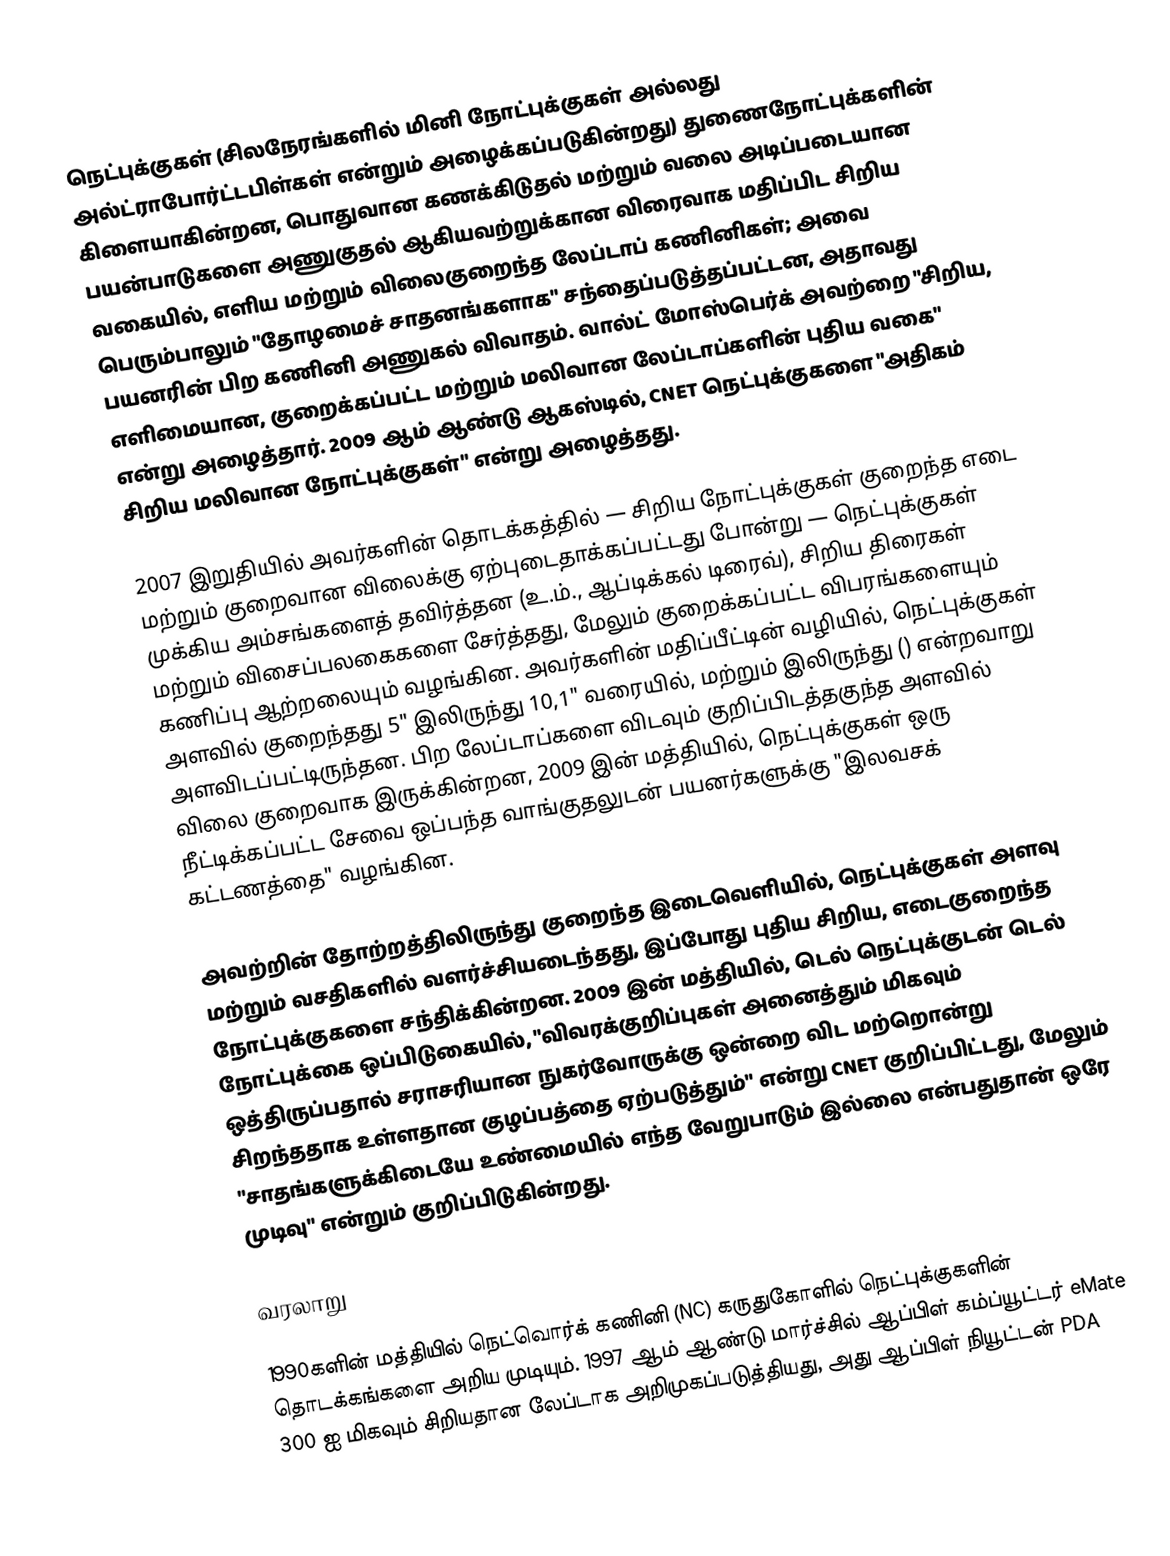
நெட்புக்குகள்  (சிலநேரங்களில் மினி நோட்புக்குகள்  அல்லது அல்ட்ராபோர்ட்டபிள்கள்  என்றும் அழைக்கப்படுகின்றது) துணைநோட்புக்களின் கிளையாகின்றன, பொதுவான கணக்கிடுதல் மற்றும் வலை அடிப்படையான பயன்பாடுகளை அணுகுதல் ஆகியவற்றுக்கான விரைவாக மதிப்பிட சிறிய வகையில், எளிய மற்றும் விலைகுறைந்த லேப்டாப் கணினிகள்; அவை பெரும்பாலும் "தோழமைச் சாதனங்களாக" சந்தைப்படுத்தப்பட்டன, அதாவது பயனரின் பிற கணினி அணுகல் விவாதம். வால்ட் மோஸ்பெர்க் அவற்றை "சிறிய, எளிமையான, குறைக்கப்பட்ட மற்றும் மலிவான லேப்டாப்களின் புதிய வகை" என்று அழைத்தார். 2009 ஆம் ஆண்டு ஆகஸ்டில், CNET நெட்புக்குகளை "அதிகம் சிறிய மலிவான நோட்புக்குகள்" என்று அழைத்தது.

2007 இறுதியில் அவர்களின் தொடக்கத்தில் — சிறிய நோட்புக்குகள் குறைந்த எடை மற்றும் குறைவான விலைக்கு ஏற்புடைதாக்கப்பட்டது போன்று — நெட்புக்குகள் முக்கிய அம்சங்களைத் தவிர்த்தன (உ.ம்., ஆப்டிக்கல் டிரைவ்), சிறிய திரைகள் மற்றும் விசைப்பலகைகளை சேர்த்தது, மேலும் குறைக்கப்பட்ட விபரங்களையும் கணிப்பு ஆற்றலையும் வழங்கின. அவர்களின் மதிப்பீட்டின் வழியில், நெட்புக்குகள் அளவில் குறைந்தது 5" இலிருந்து 10,1" வரையில், மற்றும்  இலிருந்து () என்றவாறு அளவிடப்பட்டிருந்தன. பிற லேப்டாப்களை விடவும் குறிப்பிடத்தகுந்த அளவில் விலை குறைவாக இருக்கின்றன, 2009 இன் மத்தியில், நெட்புக்குகள் ஒரு நீட்டிக்கப்பட்ட சேவை ஒப்பந்த வாங்குதலுடன் பயனர்களுக்கு "இலவசக் கட்டணத்தை" வழங்கின.

அவற்றின் தோற்றத்திலிருந்து குறைந்த இடைவெளியில், நெட்புக்குகள் அளவு மற்றும் வசதிகளில் வளர்ச்சியடைந்தது, இப்போது புதிய சிறிய, எடைகுறைந்த நோட்புக்குகளை சந்திக்கின்றன. 2009 இன் மத்தியில், டெல் நெட்புக்குடன் டெல் நோட்புக்கை ஒப்பிடுகையில், "விவரக்குறிப்புகள் அனைத்தும் மிகவும் ஒத்திருப்பதால் சராசரியான நுகர்வோருக்கு ஒன்றை விட மற்றொன்று சிறந்ததாக உள்ளதான குழப்பத்தை ஏற்படுத்தும்" என்று CNET குறிப்பிட்டது, மேலும் "சாதங்களுக்கிடையே உண்மையில் எந்த வேறுபாடும் இல்லை என்பதுதான் ஒரே முடிவு" என்றும் குறிப்பிடுகின்றது.

வரலாறு

1990களின் மத்தியில் நெட்வொர்க் கணினி (NC) கருதுகோளில் நெட்புக்குகளின் தொடக்கங்களை அறிய முடியும். 1997 ஆம் ஆண்டு மார்ச்சில் ஆப்பிள் கம்ப்யூட்டர் eMate 300 ஐ மிகவும் சிறியதான லேப்டாக அறிமுகப்படுத்தியது, அது ஆப்பிள் நியூட்டன் PDA